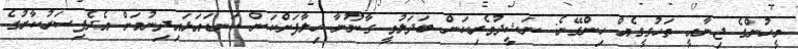
މީހުންގެ ޖިނާއީ ތަހުގީގެއް ހިންގޭނެ: ނަޝީދުވެރިކަން ބަދަލުވީ ގާނޫނާ ހިލާފަށްކަން ކަނޑައަޅައިދިނުމަށް އެދެފިސަރުކާރުގެ